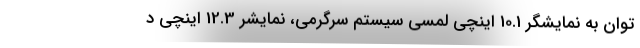
توان به نمایشگر 10.1 اینچی لمسی سیستم سرگرمی، نمایشر 12.3 اینچی د